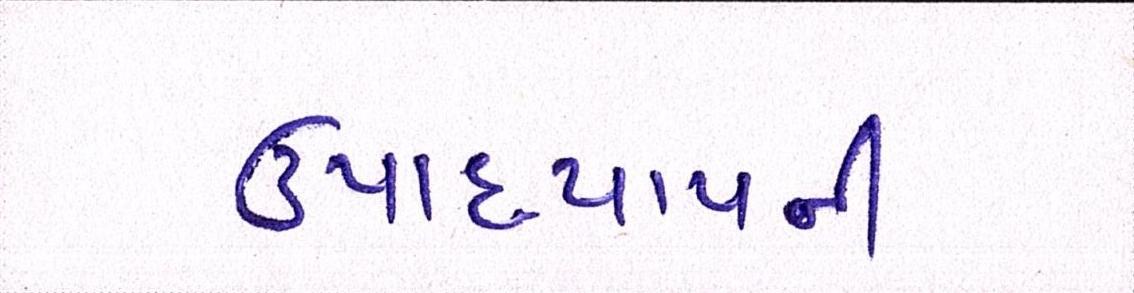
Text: ઉપાધ્યાયની